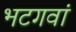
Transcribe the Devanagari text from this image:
भटगवां